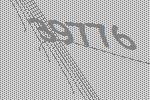
39776